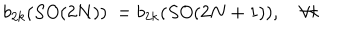
LaTeX: b _ { 2 k } ( S O ( 2 N ) ) \ = b _ { 2 k } ( S O ( 2 N + 1 ) ) , \quad \forall k